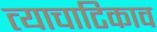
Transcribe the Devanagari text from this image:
त्याचाटिकाव